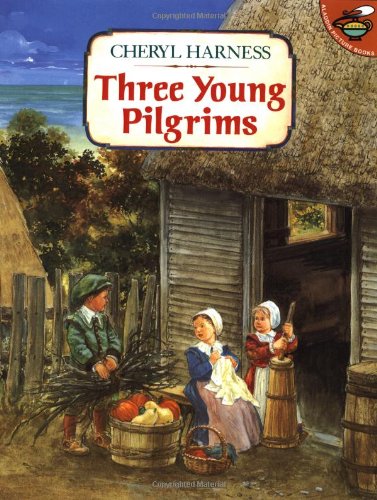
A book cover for Three Young Pilgrims; Cheryl Harness; Children's Books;